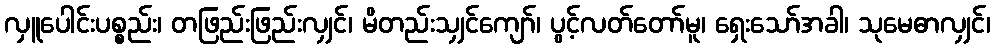
လှူပေါင်းပစ္စည်း၊ တဖြည်းဖြည်းလျှင်၊ မိတည်းသျှင်ကျော်၊ ပွင့်လတ်တော်မူ၊ ရှေးသော်အခါ၊ သုမေဓာလျှင်၊